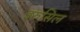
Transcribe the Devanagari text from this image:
इरुसिल